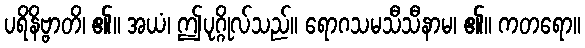
ပရိနိဗ္ဗာတိ၊ ၏။ အယံ၊ ဤပုဂ္ဂိုလ်သည်။ ရောဂသမသီသီနာမ၊ ၏။ ကတရော။